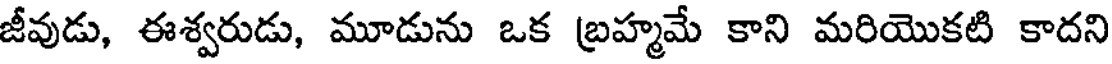
జీవుడు, ఈశ్వరుడు, మూడును ఒక బ్రహ్మమే కాని మరియొకటి కాదని